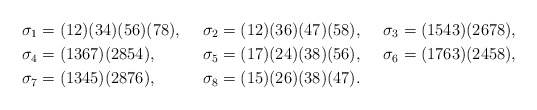
\begin{align*}&\sigma_1=(12)(34)(56)(78), && \sigma_2=(12)(36)(47)(58),&& \sigma_3=(1543)(2678),\\& \sigma_4=(1367)(2854),&&\sigma_5=(17)(24)(38)(56),&&\sigma_6=(1763)(2458),\\&\sigma_7=(1345)(2876),&&\sigma_8=(15)(26)(38)(47).\end{align*}